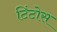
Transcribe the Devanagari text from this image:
टिंटोस